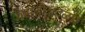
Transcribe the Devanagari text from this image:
वसतीजवळच